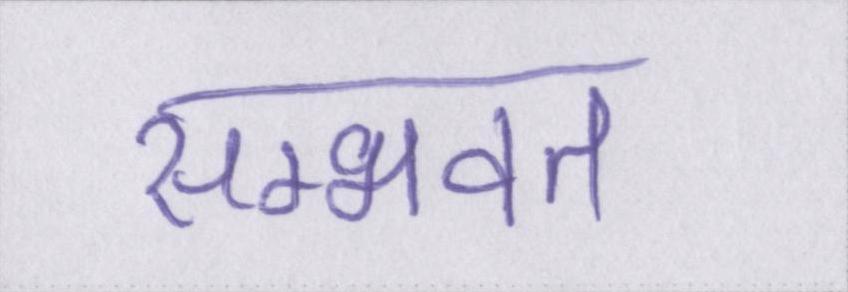
सम्भवत